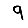
Digit: 9